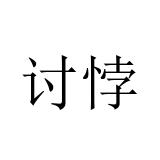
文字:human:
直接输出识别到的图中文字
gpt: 讨悖